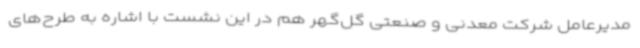
مدیرعامل شرکت معدنی و صنعتی گل‌گهر هم در این نشست با اشاره به طرح‌های